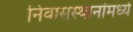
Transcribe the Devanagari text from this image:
निवासस्थानांमध्ये